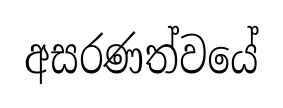
අසරණත්වයේ